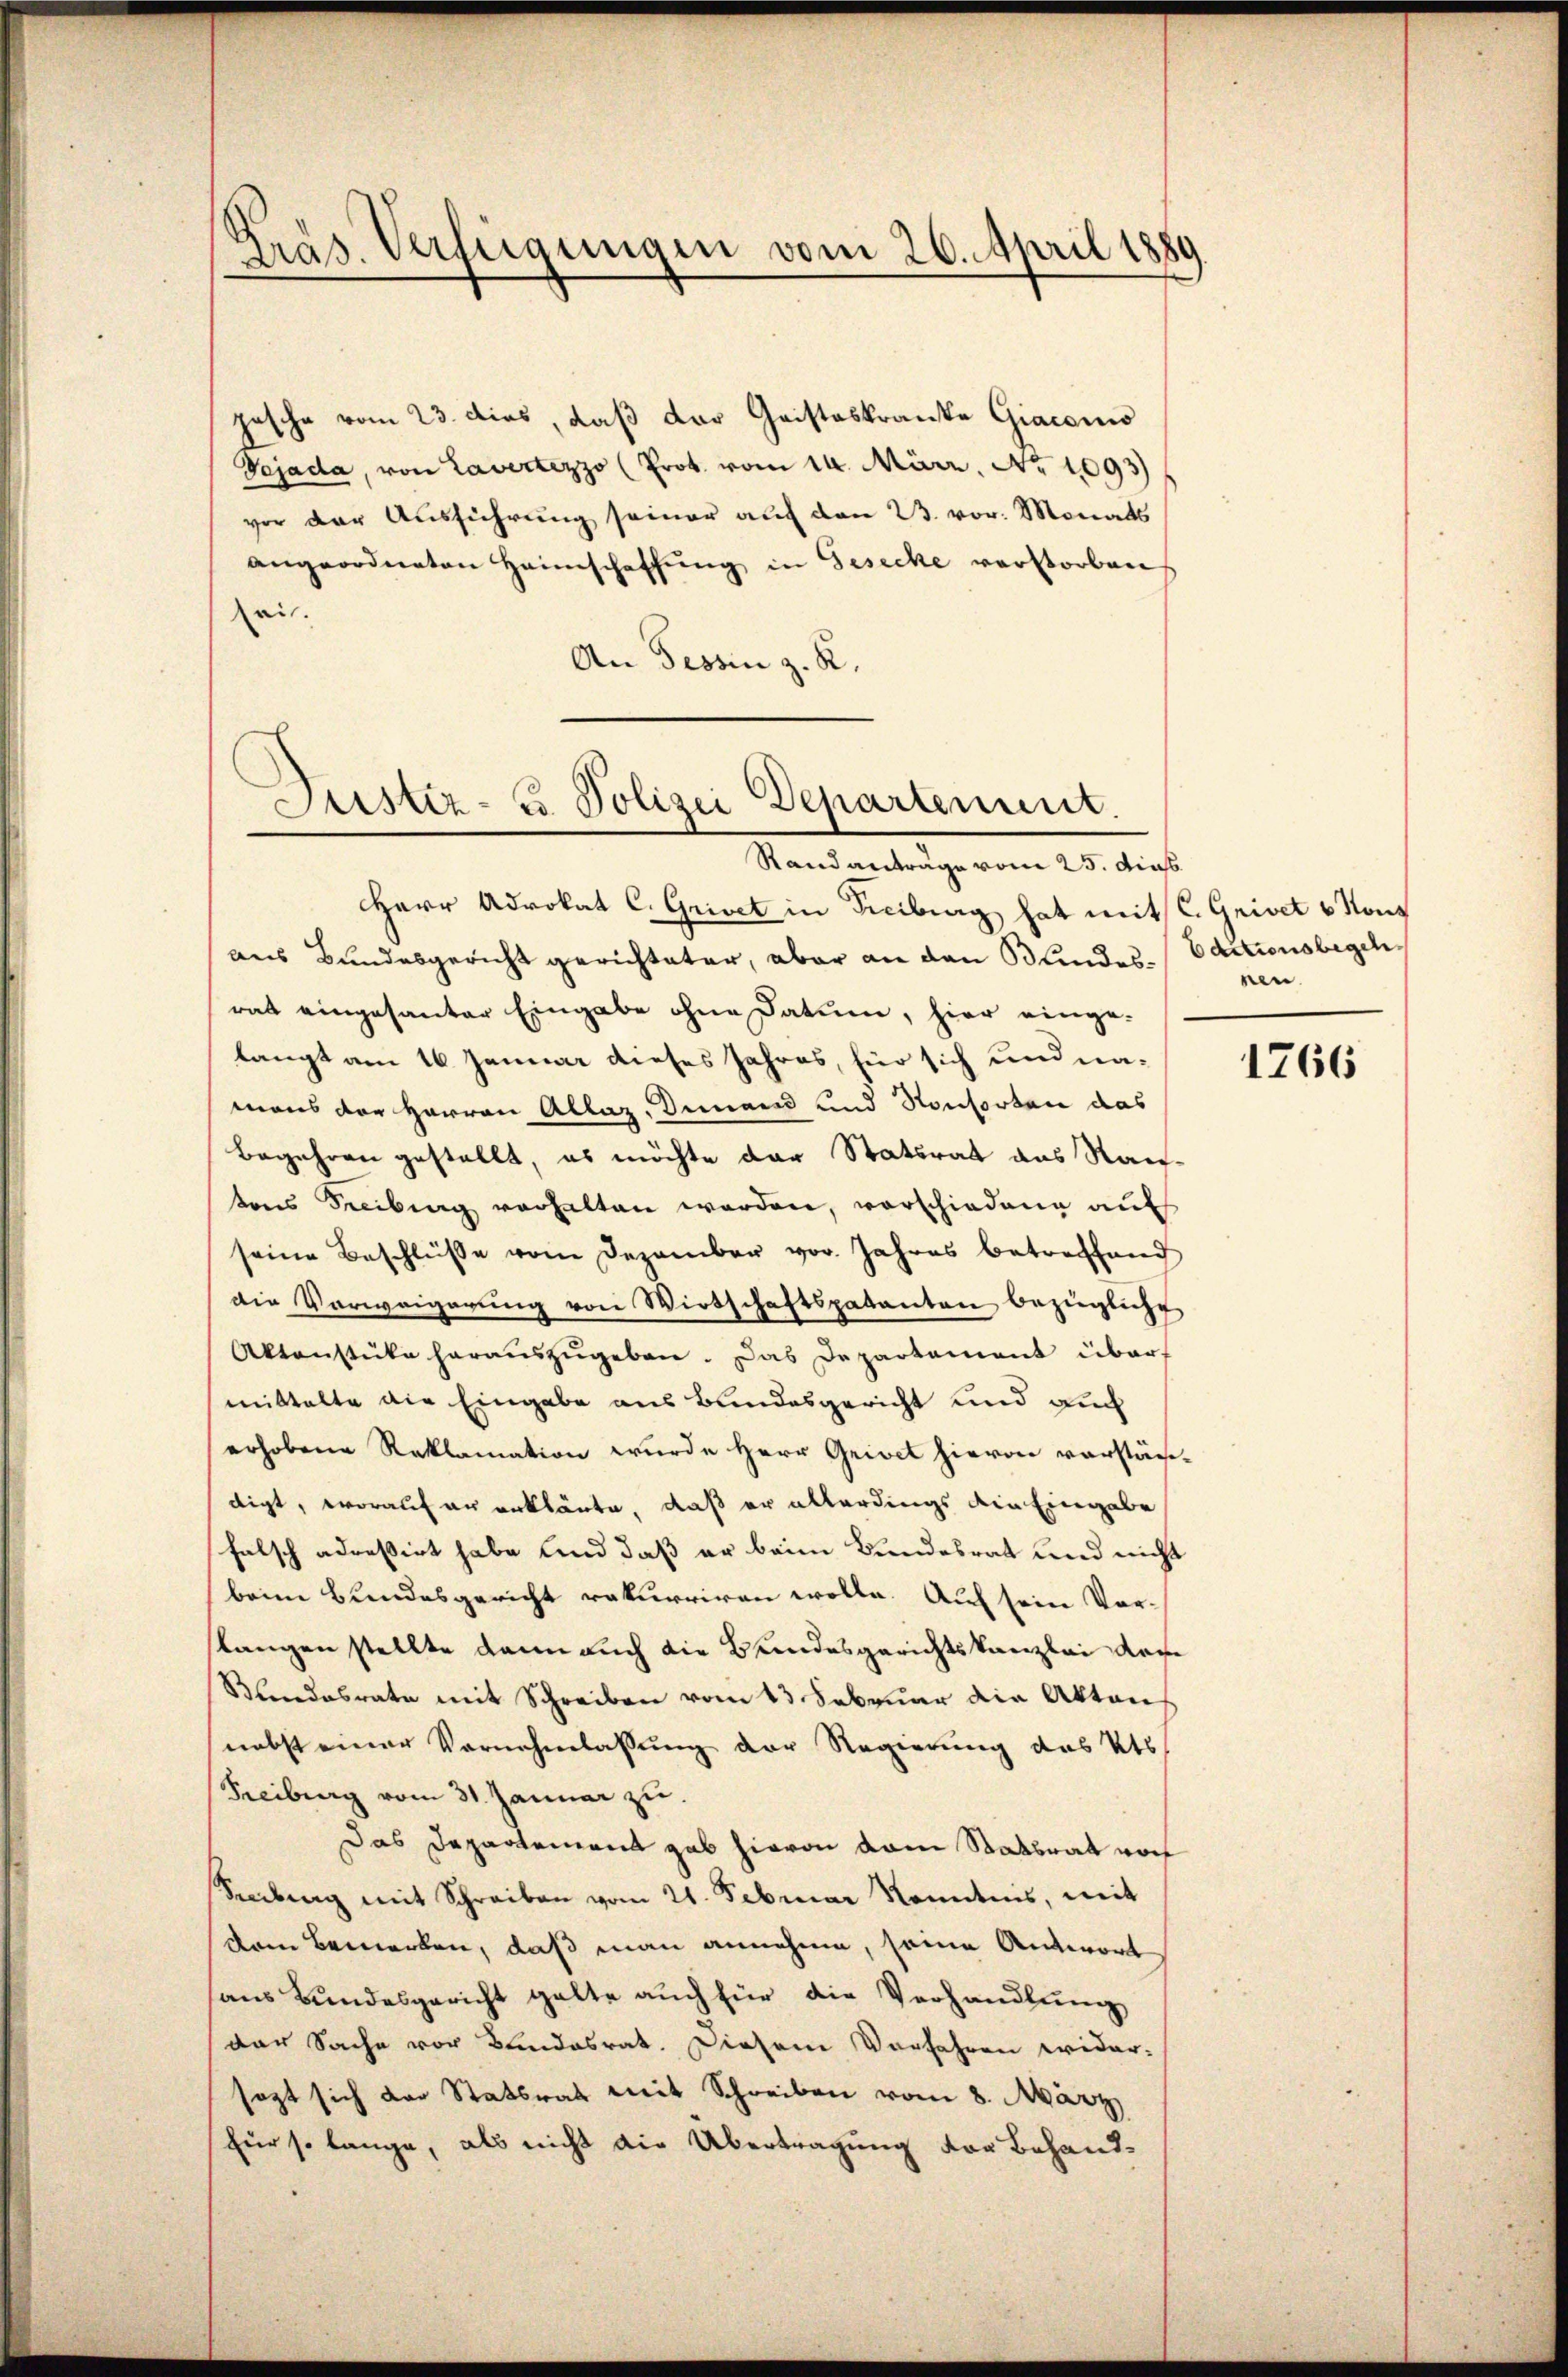
Gräs. Verfügungen vom 26. April 1880

hasche vom 23. dies, daß der Geisteskranke Giacono
Vejada, von Lavertezzo (Prok. vom 14. März. No 1093)
vor der Ausführung seiner auf den 23. vor. Monats
angeordneten Heimschaffŭng in Gesecke verstorben
ei.
An Tessin z. R.

Justiz- u Polizei Departement.

Randanträge vom 25. dies
Herr Advokat C. Grivet in Freiburg hat mit C. Grivet v. Konz
des Bundesgericht gerichteter, aber an den Kindesrat eingesanter Eingabe ohne Datum, hier einge-
langt am 16. Januar dieses Jahres, für sich und namans der Herren Allaz. Demann und Konsorten das
Begehren gestellt, es möchte der Statsrat aus Rautons Freibung verhalten werden, vorschiedene auf
seine Beschlüβe vom Dezember vor. Jahres betreffend
die Verweigerung von Wirtschaftspatenten bezügliche
Aktenstüke heraŭszŭgeben. Das Departement übermittelte die Eingabe aus Bundesgericht und auch
erhobene Reklamation wurde Herr Geiset hievon vorständigt, worauf er erklärte, daß er allerdings ain Eingabe
falsch adreßirt habe und daß er beim Bundesrat und nicht
beim Bundesgericht rekurriren wolle. Auf sein Vor-
slangen stellte dann auch die Bundesgerichtskanzlei dere
Kundesrate mit Schreiben vom 13. Februar die Aktens
nebst einer Vernehmlassung der Regierung des Kts.
Freiburg vom 31. Januar zu.
Das Departement gab hievon vom Statsrat vor
Seeilung mit Schreiben vom 21. Februar Kenntnis, mit
dem Bemerken, daß man annehme, seine Antwort
aus Bundesgericht gelte auch für die Verhandlung
der Sache vor Bundesrat. Diesem Vorfahren wider-
sagt sich der Statsrat mit Schreiben vom 8. März
für so lange, als nicht die Übertragung der Behand¬

Editionsbegeh
nen

1766